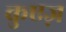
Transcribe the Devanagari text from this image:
कुएज़